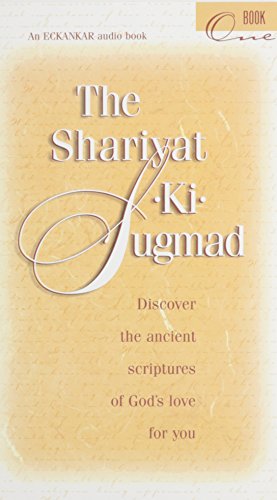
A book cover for The Shariyat-Ki-Sugmad; Paul Twitchell; Religion & Spirituality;